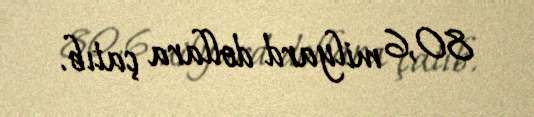
80,6 milyard dollara çatıb.